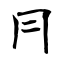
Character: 冃